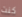
كنت